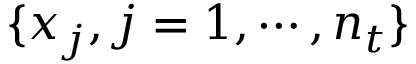
\{ x _ { j } , j = 1 , \cdots , n _ { t } \}